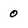
Character: 0